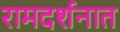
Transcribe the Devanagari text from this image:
रामदर्शनात